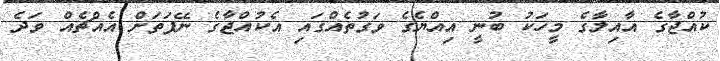
ކުއްޖާގެ އާއިލާގެ މީހަކު ބުނީ އިއްޔެގެ ވަގުތެއްގައި އެކުއްޖާގެ ނޭފަތަށް އެއްޗެއް ވަދެ